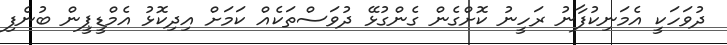
ދުވަހަކީ އެމަނިކުފާނު ރަހީނު ކޮށްގެން ގެންގުޅޭ ދުވަސްތަކެއް ކަމަށް އިދިކޮޅު އެމްޑީޕީން ބުނެފި